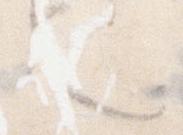
也